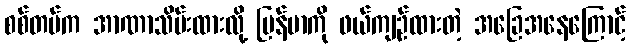
စစ်တပ်က အာဏာသိမ်းထားလို့ မြန်မာကို ဖယ်ကျဉ်ထားတဲ့ အခြေအနေကြောင့်